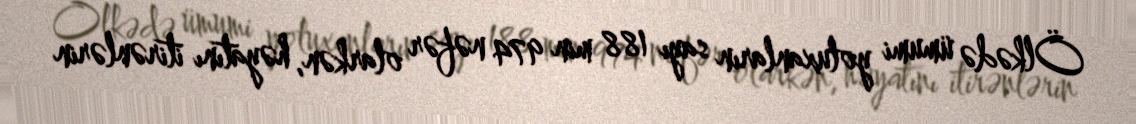
Ölkədə ümumi yoluxanların sayı 188 min 974 nəfər olarkən, həyatını itirənlərin